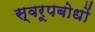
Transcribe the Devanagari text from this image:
स्वरूपबोधों